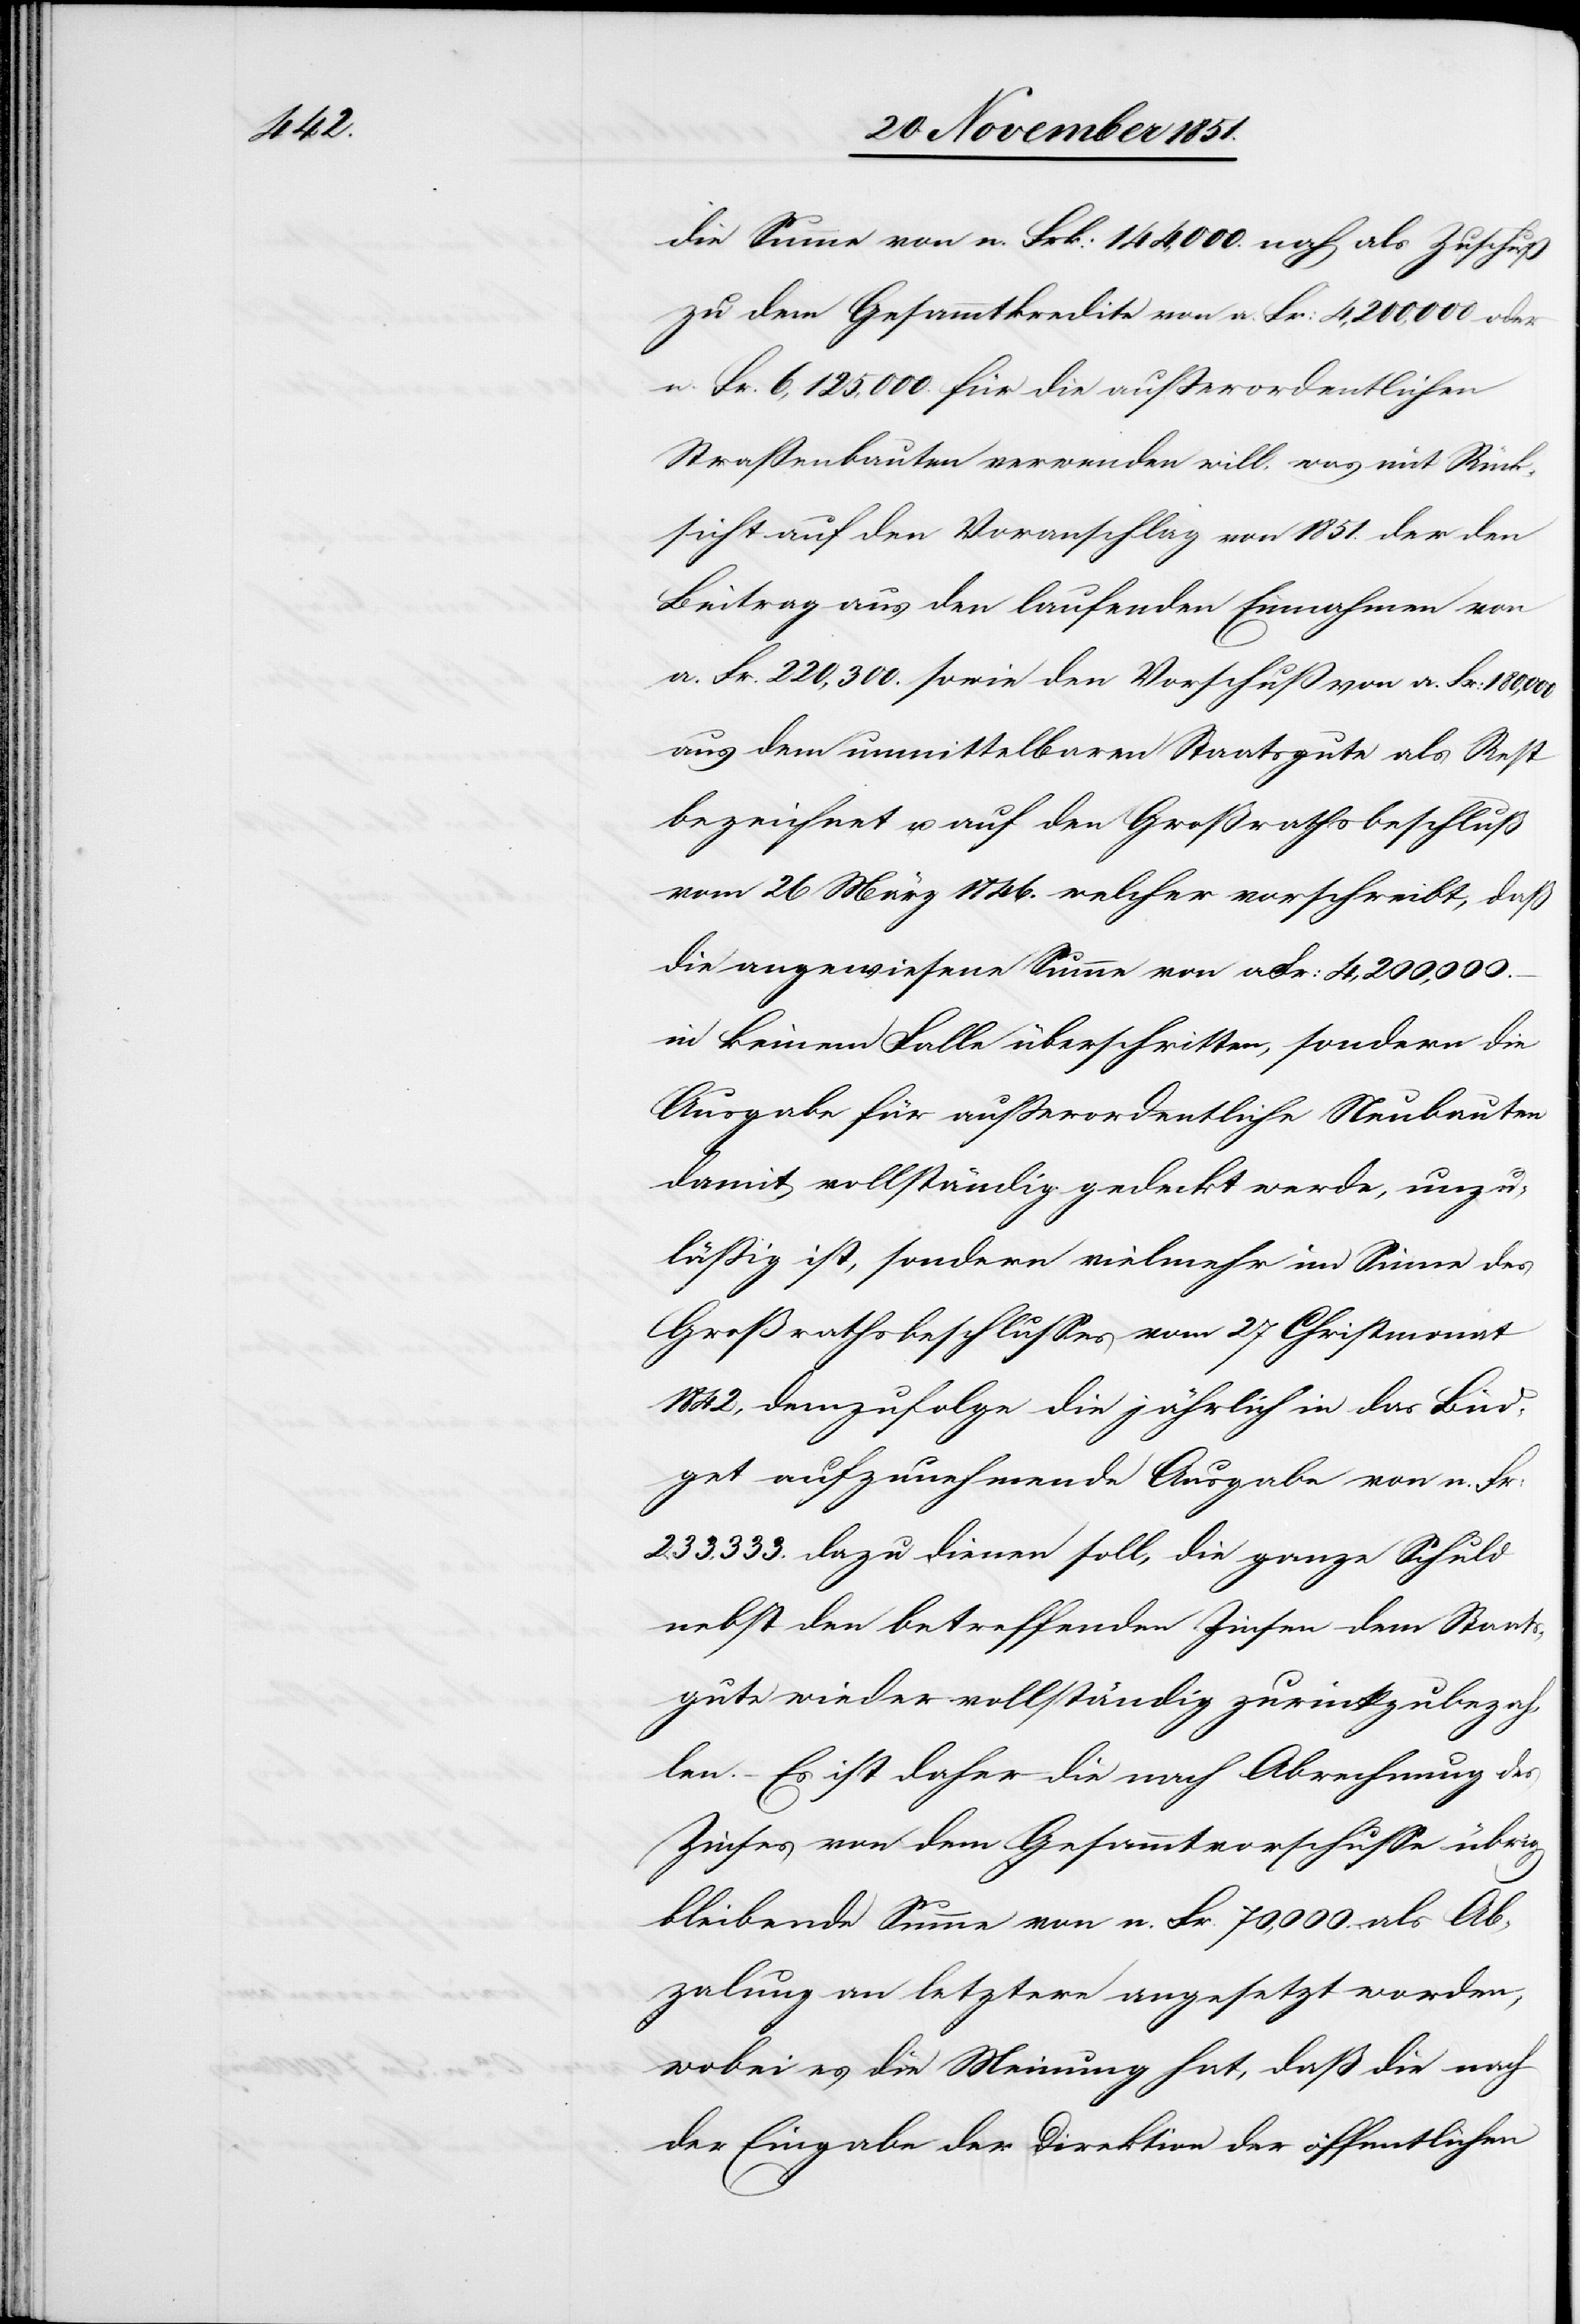
die Summe von n. Frk: 144,000. noch als Zuschuß
zu dem Gesammtkredite von a. Fr: 4,200,000 oder
n. Fr. 6,125,000. für die außerordentlichen
Straßenbauten verwenden will, was mit Rück¬
sicht auf den Voranschlag von 1851. der den
Beitrag aus den laufenden Einnahmen von
a. Fr. 220,300. sowie den Vorschuß von a. Fr: 180,000
aus dem unmittelbaren Staatsgute als Rest
bezeichnet u. auf den Großrathsbeschluß
vom 26 März 1846. welcher vorschreibt, daß
die angewiesene Summe von a Fr: 4,200,000.–
in keinem Falle überschritten, sondern die
Ausgabe für außerordentliche Neubauten
damit vollständig gedeckt werde, unzu¬
läßig ist, sondern vielmehr im Sinne des
Großrathsbeschlusses vom 27 Christmonat
1842, demzufolge die jährlich in das Büd¬
get aufzunehmende Ausgabe von n. Fr:
233,333. dazu dienen soll, die ganze Schuld
nebst den betreffenden Zinsen dem Staats¬
gute wieder vollständig zurückzubezah¬
len. – Es ist daher die nach Abrechnung des
Zinses von dem Gesammtvorschusse übrig
bleibende Summe von n. Fr. 70,000. als Ab¬
za[h]lung an letztere angesetzt worden,
wobei es die Meinung hat, daß die nach
der Eingabe der Direktion der öffentlichen